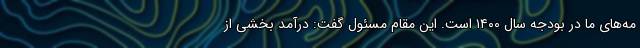
مه‌های ما در بودجه سال ۱۴۰۰ است. این مقام مسئول گفت: درآمد بخشی از